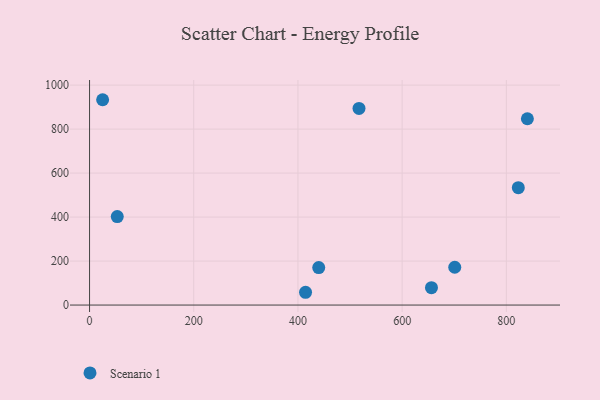
{"axis": {"x": "Distance", "y": "Demand"}, "legend": ["Scenario 1"], "data": [{"x": "53.2", "y": 402.1, "type": "Scenario 1"}, {"x": "840.4", "y": 847.0, "type": "Scenario 1"}, {"x": "701.0", "y": 171.9, "type": "Scenario 1"}, {"x": "517.2", "y": 894.1, "type": "Scenario 1"}, {"x": "25.1", "y": 933.6, "type": "Scenario 1"}, {"x": "823.0", "y": 533.7, "type": "Scenario 1"}, {"x": "439.9", "y": 170.5, "type": "Scenario 1"}, {"x": "656.3", "y": 78.8, "type": "Scenario 1"}, {"x": "414.6", "y": 58.1, "type": "Scenario 1"}]}